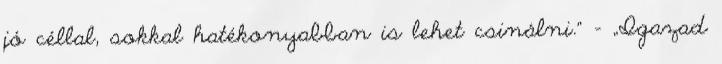
jó cél­lal, sokkal hatékonyabban is lehet csinálni.” – „Igazad